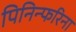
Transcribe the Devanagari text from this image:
पिनिन्फरिना